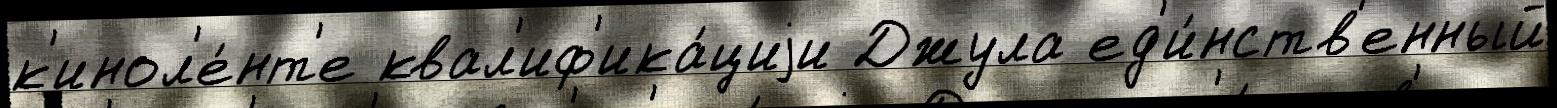
к'инол'е́нт'е квал'иф'ика́циjи Джула ед'и́нств'енный